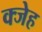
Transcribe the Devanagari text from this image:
क्जेह